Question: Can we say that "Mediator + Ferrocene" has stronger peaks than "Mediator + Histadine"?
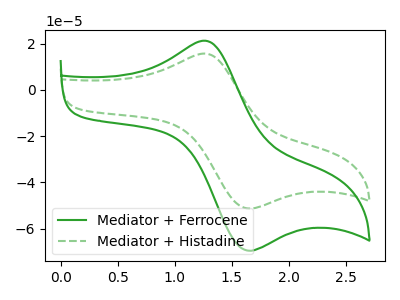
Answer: <think>The green curve "Mediator + Ferrocene" has an anodic peak at (1.25V, 21.25uA) and a cathodic peak at (1.60V, -69.15uA). The green dashed curve "Mediator + Histadine" has an anodic peak at (1.25V, 15.70uA) and a cathodic peak at (1.60V, -51.05uA).</think>
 <answer>Every peak in "Mediator + Ferrocene" is higher than every peak in "Mediator + Histadine".</answer>
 <eval>higher</eval>